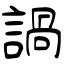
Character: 諣